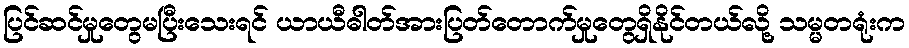
ပြင်ဆင်မှုတွေမပြီးသေးရင် ယာယီဓါတ်အားပြတ်တောက်မှုတွေရှိနိုင်တယ်လို့ သမ္မတရုံးက